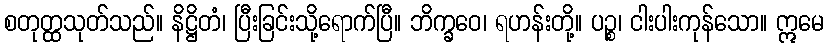
စတုတ္ထသုတ်သည်။ နိဋ္ဌိတံ၊ ပြီးခြင်းသို့ရောက်ပြီ။ ဘိက္ခဝေ၊ ရဟန်းတို့။ ပဉ္စ၊ ငါးပါးကုန်သော။ ဣမေ